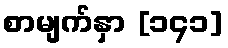
စာမျက်နှာ [၁၄၁]